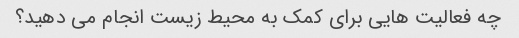
چه فعالیت هایی برای کمک به محیط زیست انجام می دهید؟